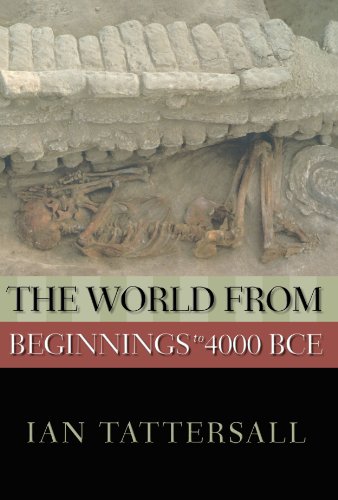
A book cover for The World from Beginnings to 4000 BCE (New Oxford World History); Ian Tattersall; History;